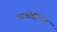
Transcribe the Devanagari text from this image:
भावोद्दीपन